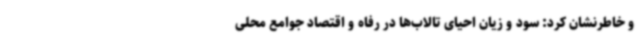
و خاطرنشان کرد: سود و زیان احیای تالاب‌ها در رفاه و اقتصاد جوامع محلی